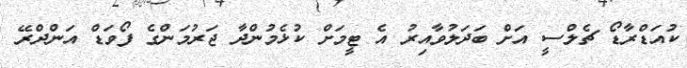
ކުއަޑްރާޑޯ ޗެލްސީ އަށް ބަދަލުވާއިރު އެ ޓީމަށް ކުޅެމުންދާ ޖަރުމަންގެ ފޯވަޑް އަންދްރޭ